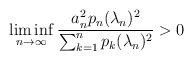
\begin{align*} \liminf_{n\to\infty} \frac{a_n^2 p_n(\lambda_n)^2}{\sum_{k=1}^n p_k(\lambda_n)^2} > 0 \end{align*}